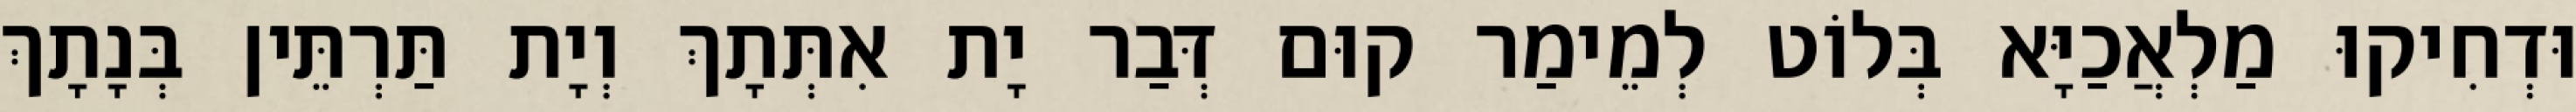
וּדְחִיקוּ מַלְאֲכַיָּא בְּלוֹט לְמֵימַר קוּם דְּבַר יָת אִתְּתָךְ וְיָת תַּרְתֵּין בְּנָתָךְ